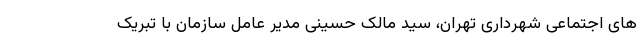
های اجتماعی شهرداری تهران، سید مالک حسینی مدیر عامل سازمان با تبریک